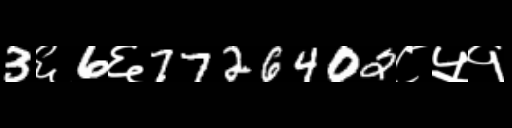
Text: 3६6६7726402८५१